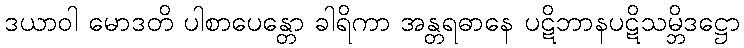
ဒယာဝါ မောဒတိ ပါစာပေန္တော ခါရိကာ အန္တရဓာနေ ပဋိဘာနပဋိသမ္ဘိဒဋ္ဌော